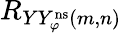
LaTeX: R_{YY_{\varphi}^{\mathrm{ns}}(m,n)}